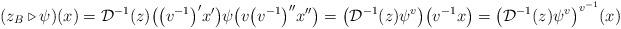
LaTeX: \begin{gather*} (z_B \triangleright \psi ) (x) = \mathcal{D}^{-1}(z)\big(\big(v^{-1}\big)'x'\big) \psi\big(v\big(v^{-1}\big)''x''\big) = \big(\mathcal{D}^{-1}(z) \psi^v\big)\big(v^{-1}x\big) = \big(\mathcal{D}^{-1}(z) \psi^v\big)^{v^{-1}} (x) \end{gather*}